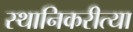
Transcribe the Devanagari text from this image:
स्थानिकरीत्या